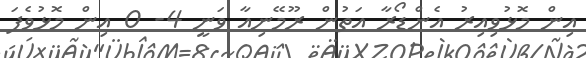
އިން މޮޅުވިއިރު އެންޑޯރާ އަތުން ރޫމޭނިއާ ވަނީ 4- 0 އިން މޮޅުވެފަ